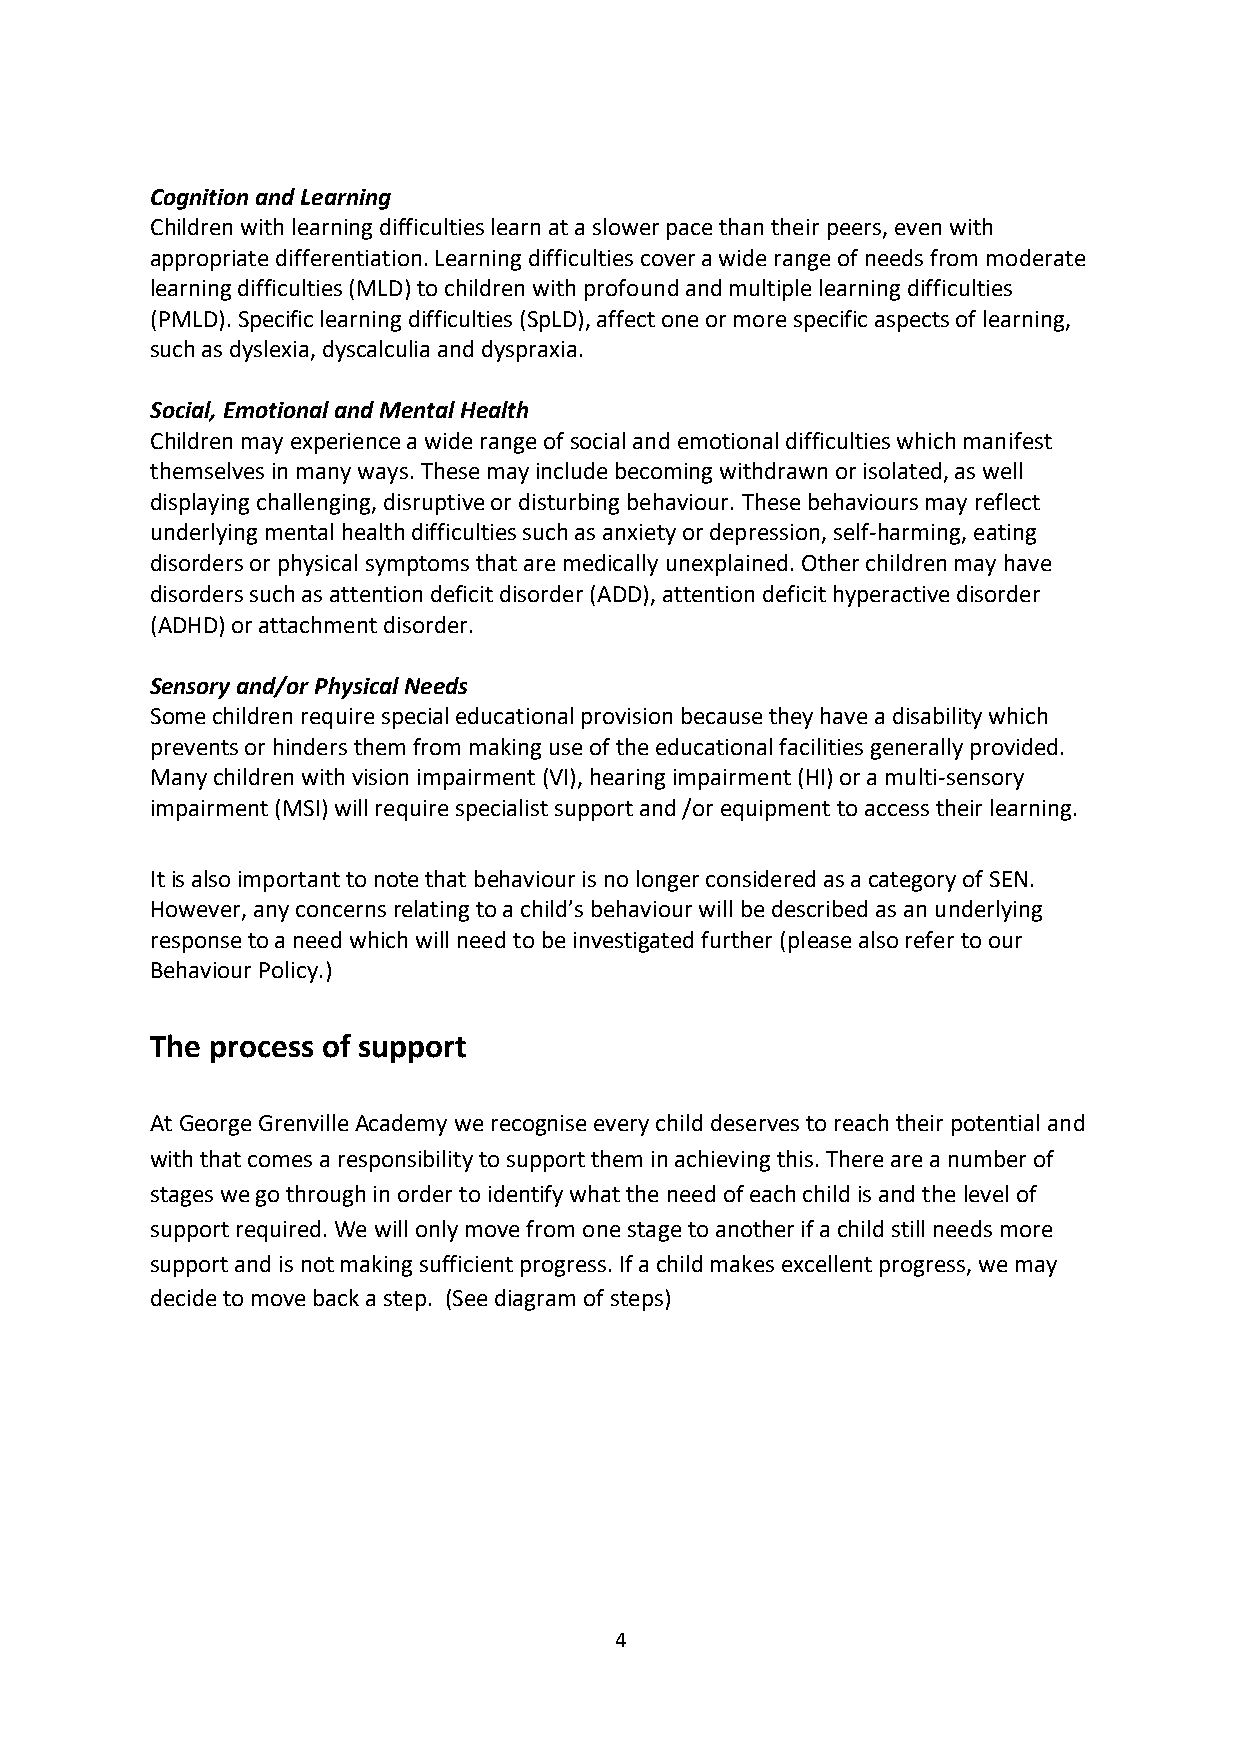
Cognition and Learning
 Children with learning difficulties learn at a slower pace than their peers, even with
 appropriate differentiation. Learning difficulties cover a wide range of needs from moderate
 learning difficulties (MLD) to children with profound and multiple learning difficulties
 (PMLD). Specific learning difficulties (SpLD), affect one or more specific aspects of learning,
 such as dyslexia, dyscalculia and dyspraxia.
 Social, Emotional and Mental Health
 Children may experience a wide range of social and emotional difficulties which manifest
 themselves in many ways. These may include becoming withdrawn or isolated, as well
 displaying challenging, disruptive or disturbing behaviour. These behaviours may reflect
 underlying mental health difficulties such as anxiety or depression, self-harming, eating
 disorders or physical symptoms that are medically unexplained. Other children may have
 disorders such as attention deficit disorder (ADD), attention deficit hyperactive disorder
 (ADHD) or attachment disorder.
 Sensory and/or Physical Needs
 Some children require special educational provision because they have a disability which
 prevents or hinders them from making use of the educational facilities generally provided.
 Many children with vision impairment (VI), hearing impairment (HI) or a multi-sensory
 impairment (MSI) will require specialist support and /or equipment to access their learning.
 It is also important to note that behaviour is no longer considered as a category of SEN.
 However, any concerns relating to a child’s behaviour will be described as an underlying
 response to a need which will need to be investigated further (please also refer to our
 Behaviour Policy.)
 The process of support
 At George Grenville Academy we recognise every child deserves to reach their potential and
 with that comes a responsibility to support them in achieving this. There are a number of
 stages we go through in order to identify what the need of each child is and the level of
 support required. We will only move from one stage to another if a child still needs more
 support and is not making sufficient progress. If a child makes excellent progress, we may
 decide to move back a step. (See diagram of steps)
 4